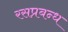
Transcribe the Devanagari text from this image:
रसप्रबन्ध